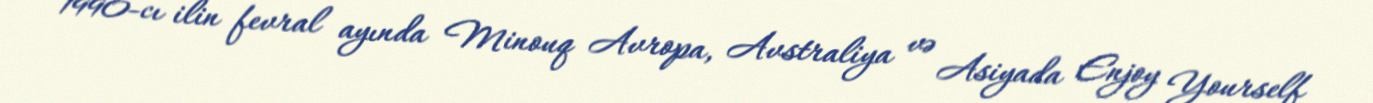
1990-cı ilin fevral ayında Minouq Avropa, Avstraliya və Asiyada Enjoy Yourself